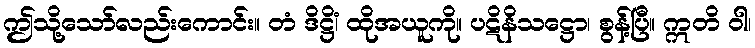
ဤသို့သော်လည်းကောင်း။ တံ ဒိဋ္ဌိံ၊ ထိုအယူကို။ ပဋိနိသဋ္ဌော၊ စွန့်ပြီ။ ဣတိ ဝါ၊